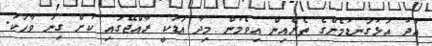
އަދު އަޅުގަނޑުމެންގެ ތެރެއިން އިވެމުން މިދާ އަޑަކީ ރާއްޖޭގައި ކުށް ގިނަ ވާހަކަ.